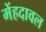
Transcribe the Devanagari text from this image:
मेंहदावल